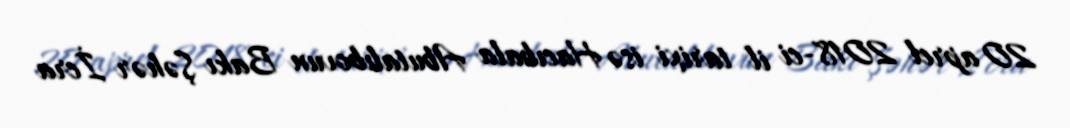
20 aprel 2018-ci il tarixi isə Hacıbala Abutalıbovun Bakı Şəhər İcra